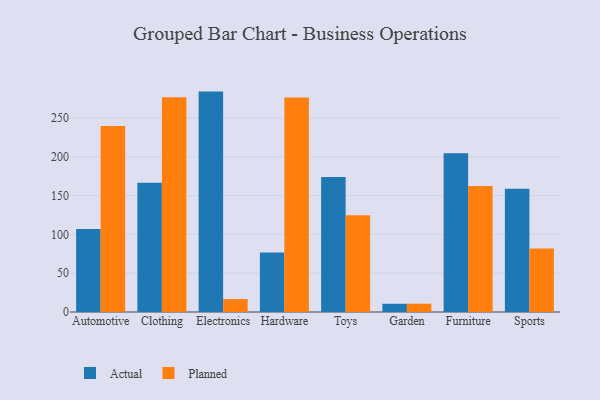
{"axis": {"x": "Category", "y": "Latency (ms)"}, "legend": ["Actual", "Planned"], "data": [{"x": "Automotive", "y": 107.0, "type": "Actual"}, {"x": "Automotive", "y": 239.6, "type": "Planned"}, {"x": "Clothing", "y": 166.7, "type": "Actual"}, {"x": "Clothing", "y": 276.8, "type": "Planned"}, {"x": "Electronics", "y": 284.1, "type": "Actual"}, {"x": "Electronics", "y": 16.7, "type": "Planned"}, {"x": "Hardware", "y": 76.6, "type": "Actual"}, {"x": "Hardware", "y": 276.6, "type": "Planned"}, {"x": "Toys", "y": 174.0, "type": "Actual"}, {"x": "Toys", "y": 124.8, "type": "Planned"}, {"x": "Garden", "y": 10.6, "type": "Actual"}, {"x": "Garden", "y": 10.7, "type": "Planned"}, {"x": "Furniture", "y": 204.5, "type": "Actual"}, {"x": "Furniture", "y": 162.5, "type": "Planned"}, {"x": "Sports", "y": 158.8, "type": "Actual"}, {"x": "Sports", "y": 82.0, "type": "Planned"}]}